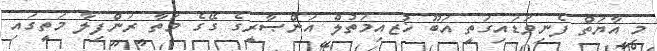
މި އާޔަތް ފެނިވަޑައިގަތީ އަބޫ ޚުޒއިމަތުލް އަންޞާރީގެ ގޭގެ މަތާ ރަންފިލާ މަތީގައި